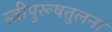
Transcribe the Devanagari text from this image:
स्त्रीपुरूषतुलना